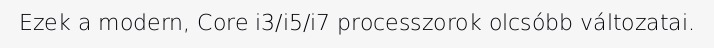
Ezek a modern, Core i3/i5/i7 processzorok olcsóbb változatai.